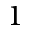
1